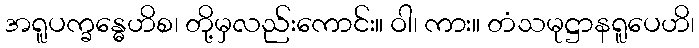
အရူပက္ခန္ဓေဟိစ၊ တို့မှလည်းကောင်း။ ဝါ၊ ကား။ တံသမုဋ္ဌာနရူပေဟိ၊